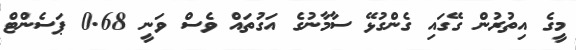
މީގެ އިތުރުން ގޭގައި ގެންގުޅޭ ސާމާނުގެ އަގުތައް ވެސް ވަނީ 0.68 ޕަސެންޓް